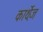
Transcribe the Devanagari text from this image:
कार्थ़ेज